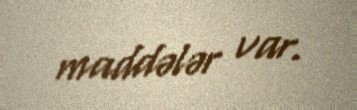
maddələr var.